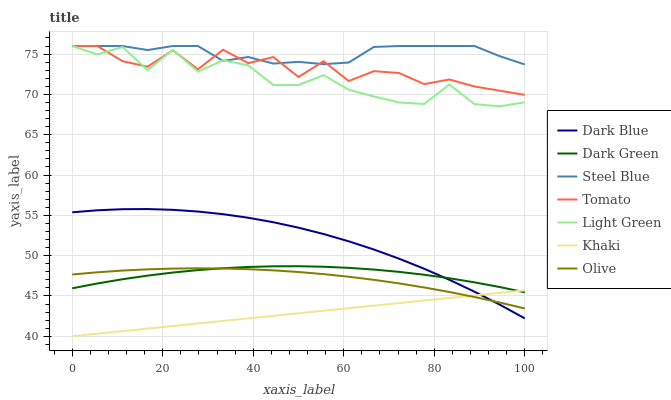
| xaxis_label | Dark Blue | Dark Green | Steel Blue | Tomato | Light Green | Khaki | Olive |
 | --- | --- | --- | --- | --- | --- | --- | --- |
 | 0 | 55.4 | 45.9 | 76 | 76 | 76 | 40 | 47.7 |
 | 5.56 | 55.6 | 46.5 | 76 | 76 | 75 | 40.3 | 47.9 |
 | 11.1 | 55.8 | 47.1 | 76 | 74.1 | 75.9 | 40.6 | 48.1 |
 | 16.7 | 55.8 | 47.5 | 75.5 | 73.4 | 73 | 40.9 | 48.3 |
 | 22.2 | 55.7 | 47.9 | 76 | 75.5 | 75.5 | 41.3 | 48.4 |
 | 27.8 | 55.5 | 48.2 | 76 | 73.1 | 72.8 | 41.6 | 48.4 |
 | 33.3 | 55.1 | 48.4 | 74.1 | 75.5 | 74.2 | 41.9 | 48.4 |
 | 38.9 | 54.7 | 48.6 | 74.6 | 73.9 | 73.6 | 42.2 | 48.3 |
 | 44.4 | 54.1 | 48.7 | 73.8 | 74.6 | 71.2 | 42.5 | 48.2 |
 | 50 | 53.5 | 48.7 | 74 | 72.2 | 71.2 | 42.8 | 48 |
 | 55.6 | 52.7 | 48.6 | 73.7 | 74.1 | 72.4 | 43.2 | 47.7 |
 | 61.1 | 51.8 | 48.5 | 74 | 71.7 | 70.6 | 43.5 | 47.4 |
 | 66.7 | 50.8 | 48.3 | 75.9 | 72.9 | 69.7 | 43.8 | 47 |
 | 72.2 | 49.6 | 48 | 76 | 72.7 | 69 | 44.1 | 46.6 |
 | 77.8 | 48.4 | 47.6 | 76 | 71.3 | 68.8 | 44.4 | 46.1 |
 | 83.3 | 47 | 47.2 | 76 | 71.8 | 71.2 | 44.7 | 45.5 |
 | 88.9 | 45.5 | 46.7 | 76 | 71 | 68.8 | 45.1 | 44.9 |
 | 94.4 | 43.9 | 46.1 | 74.7 | 70.5 | 68.5 | 45.4 | 44.2 |
 | 100 | 42.2 | 45.5 | 73.7 | 69.9 | 69 | 45.7 | 43.4 |